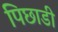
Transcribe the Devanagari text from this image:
पिछाडी